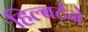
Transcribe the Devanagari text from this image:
हिल्बर्टने